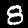
Label: 8